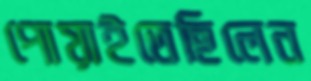
পোয়াইতেছিলেন